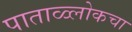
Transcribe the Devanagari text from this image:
पाताळ्लोकचा